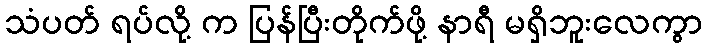
သံပတ် ရပ်လို့ က ပြန်ပြီးတိုက်ဖို့ နာရီ မရှိဘူးလေကွာ